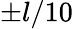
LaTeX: \pm l/10